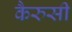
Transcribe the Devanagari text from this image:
कैरुसी